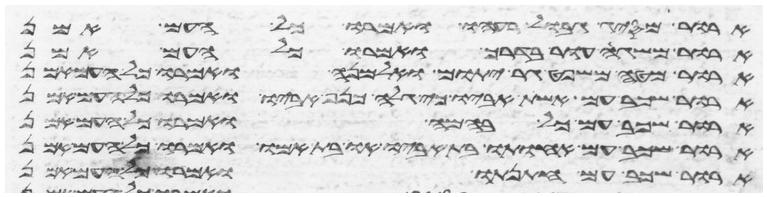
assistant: ארור מסיג גבול רעהו ואמרו כל העם אמן
ארור משגה עור בדרך ואמרו כל העם אמן
ארור מטה משפט גר יתום ואלמנה ואמרו כל העם אמן
ארור שכב עם אשת אביו כי גלה כנף אביו ואמרו כל העם אמן
ארור שכב עם כל בהמה ואמרו כל העם אמן
ארור שכב עם אחותו בת אביו או בת אמו ואמרו כל העם אמן
ארור שכב עם חתנתו ואמרו כל העם אמן